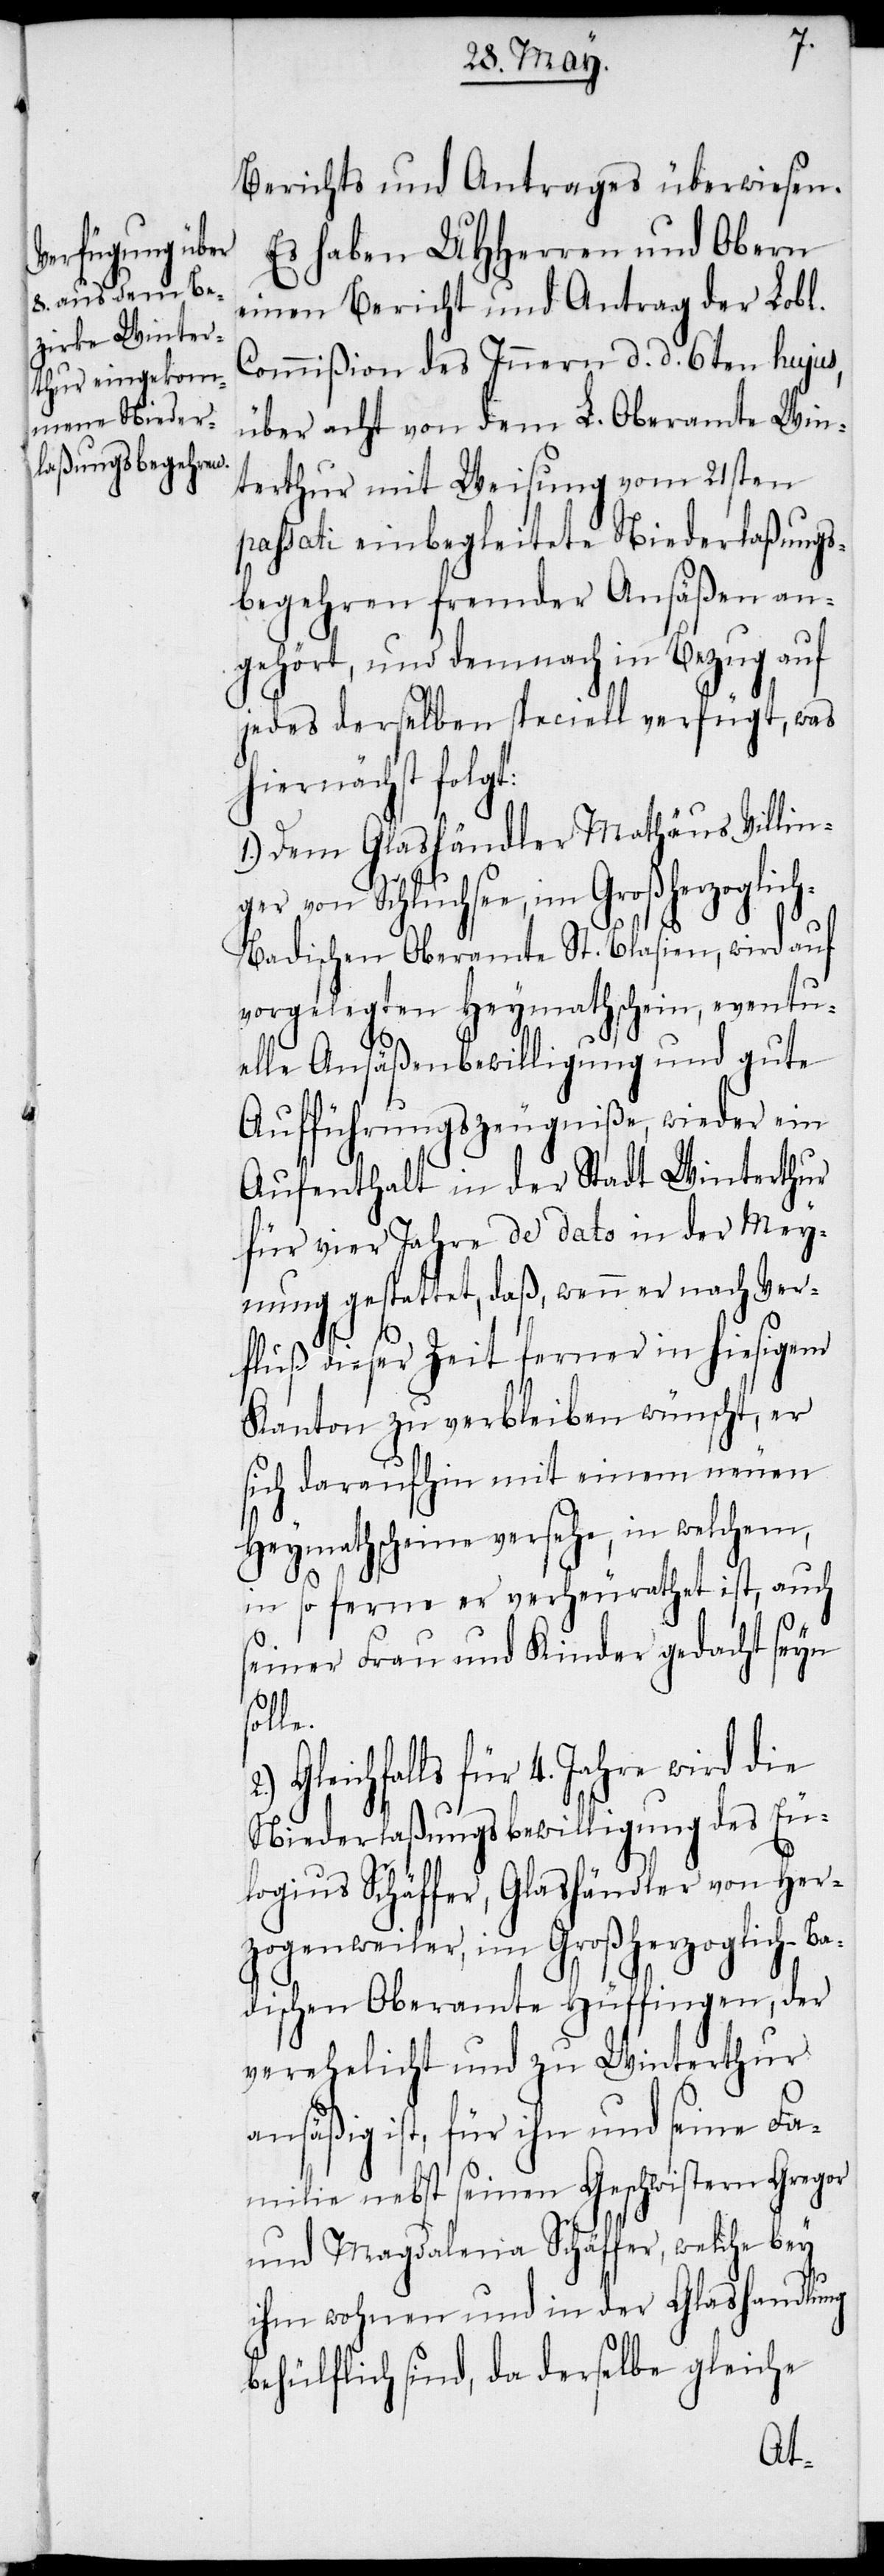
Berichts und Antrages überwiesen.
Es haben UHHerren und Obern
einen Bericht und Antrag der Lobl.
Commißion des Innern d. d. 6ten hujus,
über acht von dem L. Oberamte Win¬
terthur mit Weisung vom 21sten
passati einbegleitete Niederlaßungs¬
begehren fremder Ansäßen an¬
gehört, und demnach in Bezug auf
jedes derselben speciell verfügt, was
hiernächst folgt:
1.) Dem Glashändler Mathäus Villin¬
ger von Schluchsee, im Großherzoglic¬
h-Badischen Oberamte St. Blasien, wird auf
vorgelegten Heymathschein, eventu¬
elle Ansäßenbewilligung und gute
Aufführungszeugniße, wieder ein
Aufenthalt in der Stadt Winterthur
für vier Jahre de dato in der Mey¬
nung gestattet, daß, wenn er nach Ver¬
s¬
fluß dieser Zeit ferner in hiesigem
Kanton zu verbleiben wünscht, er
sich daraufhin mit einem neuen
Heymathscheine versehe, in welchem,
in so ferne er verheurathet ist, auch
seiner Frau und Kinder gedacht seyn
olle.
Gleichfalls für 4. Jahre wird die
Niederlaßungsbewilligung des Eu¬
logius Schäffer, Glashändler von Her¬
zogenweiler, im Großherzoglich-Ba¬
dischen Oberamte Hüffingen, der
verehelicht und zu Winterthur
ansäßig ist, für ihn und seine Fa¬
milie nebst seinen Geschwistern Gregor
und Magdalena Schäffer, welche bey
ihm wohnen und in der Glashandlung
behülflich sind, da derselbe gleiche